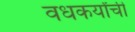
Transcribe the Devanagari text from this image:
वधकर्यांची